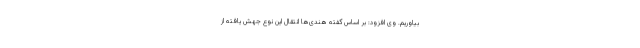
بیاوریم. وی افزود: بر اساس گفته هندی‌ها انتقال این نوع جهش یافته از